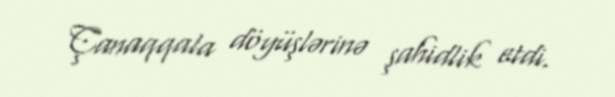
Çanaqqala döyüşlərinə şahidlik etdi.